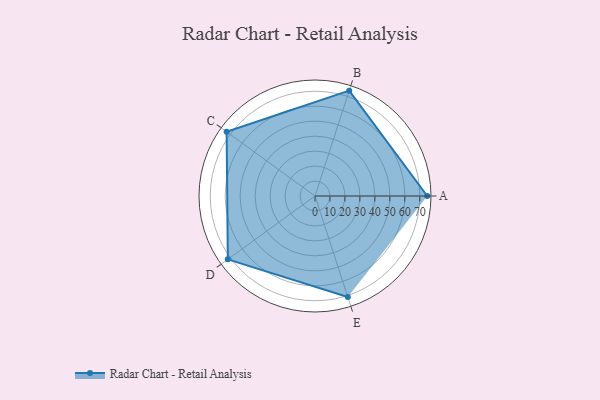
{"axis": {"x": "Skill", "y": "Score"}, "legend": ["Profile"], "data": [{"x": "A", "y": 75.0, "type": "Profile"}, {"x": "B", "y": 74.0, "type": "Profile"}, {"x": "C", "y": 73.0, "type": "Profile"}, {"x": "D", "y": 72.0, "type": "Profile"}, {"x": "E", "y": 71.0, "type": "Profile"}]}